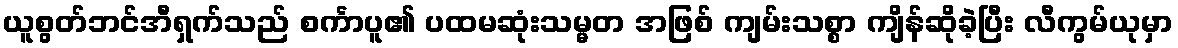
ယူစွတ်ဘင်အီရှက်သည် စင်္ကာပူ၏ ပထမဆုံးသမ္မတ အဖြစ် ကျမ်းသစ္စာ ကျိန်ဆိုခဲ့ပြီး လီကွမ်ယုမှာ